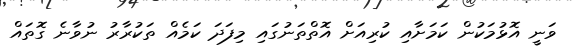
ވަނީ އޮޅުމަކުން ކަމަށާއި ކުރިއަށް އޮތްތަނުގައި މިފަދަ ކަމެއް ތަކުރާރު ނުވާނެ ގޮތައް